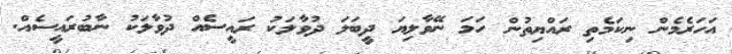
އަހަރެމެން ނިކަމެތި ރައްޔިތުން ހަމަ ނޭވާލިޔަ ދީބަލަ ދުވާލަކު ރައީސެއް ދުވާލަކު ނާބުރައީސެއް.